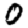
Digit: 0